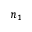
n _ { 1 }